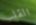
القلب